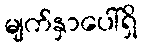
မျက်နှာပေါ်ရှိ